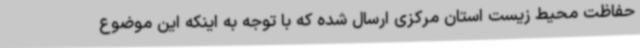
حفاظت محیط زیست استان مرکزی ارسال شده که با توجه به اینکه این موضوع